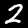
Digit: 2